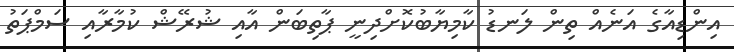
އިންޑިއާގެ އަނެއް ތިން ލަނޑު ކާމިޔާބުކޮށްދިނީ ޕާތިބަން އާއި ޝުރޭޝް ކުމާރާއި ސަމްޕަތު